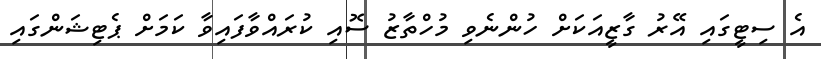
އެ ސިޓީގައި އޭރު ގާޒީއަކަށް ހުންނެވި މުހްތާޒު ސޮއި ކުރައްވާފައިވާ ކަމަށް ޕެޓިޝަންގައި